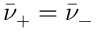
\bar { \nu } _ { + } = \bar { \nu } _ { - }